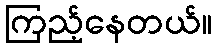
ကြည့်နေတယ်။